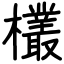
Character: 欉